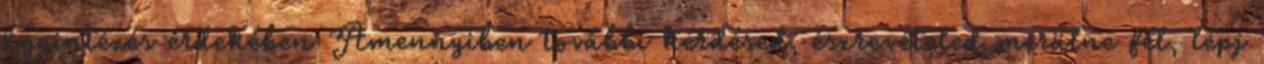
ügyintézés érdekében Amennyiben további kérdésed, észrevételed merülne fel, lépj